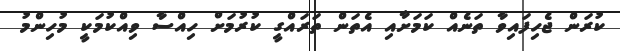
ކުރަން ޖެހިފައިވާ ތަނެއް ކަމަށާއި އެތަން ތަރައްގީ ކުރުމަށް ހިއްސާ ވިއްކުމަކީ މުހިންމު